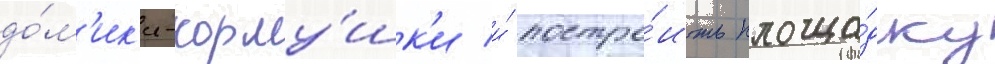
до́м'ик'и-корму́шк'и и́ постро́ить площа́дку